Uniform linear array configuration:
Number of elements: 12
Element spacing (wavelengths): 0.25
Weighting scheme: binomial
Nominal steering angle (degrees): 30
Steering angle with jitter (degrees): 28.592
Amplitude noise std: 0.05
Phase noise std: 0.05

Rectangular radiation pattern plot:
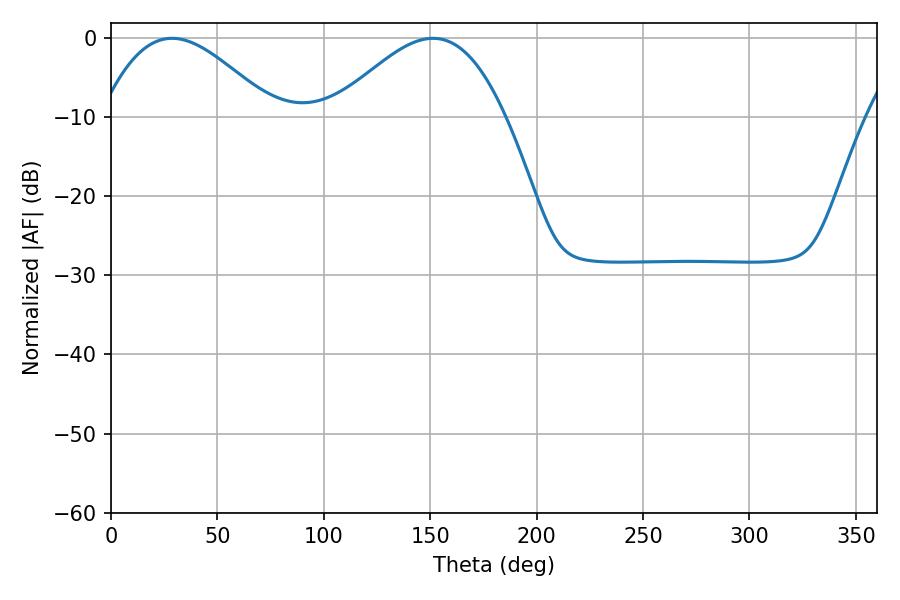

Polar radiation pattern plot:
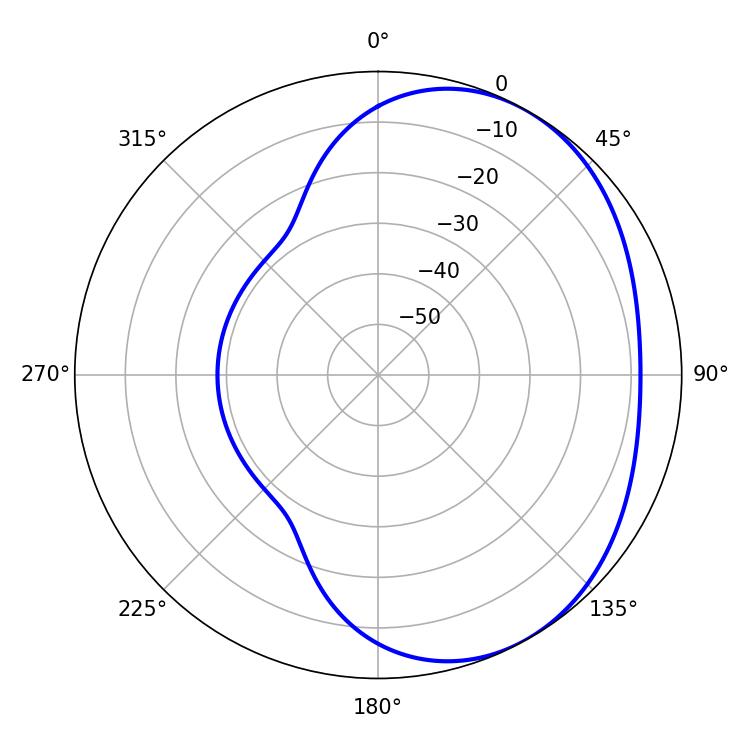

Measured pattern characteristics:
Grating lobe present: FALSE
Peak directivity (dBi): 3.401
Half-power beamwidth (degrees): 43.56
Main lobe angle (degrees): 28.62